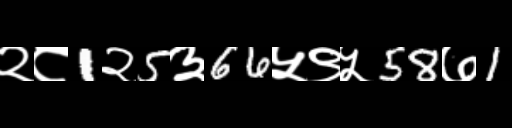
Text: २८1२5३66५९५58७1